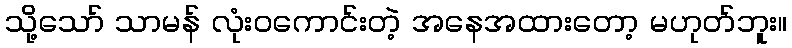
သို့သော် သာမန် လုံးဝကောင်းတဲ့ အနေအထားတော့ မဟုတ်ဘူး။